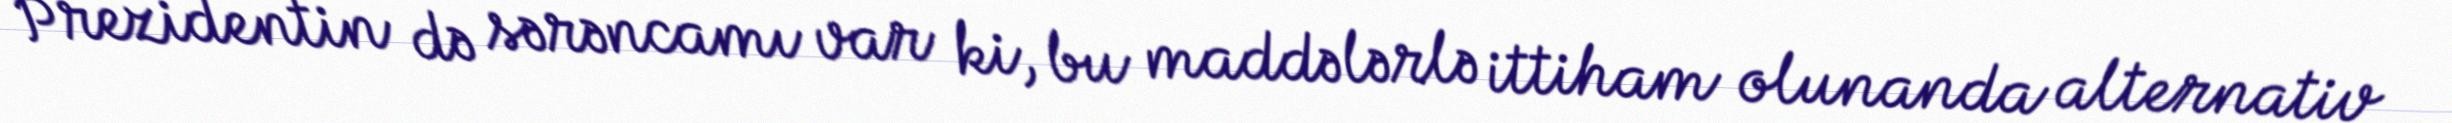
Prezidentin də sərəncamı var ki, bu maddələrlə ittiham olunanda alternativ